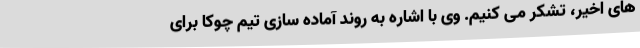
های اخیر، تشکر می کنیم. وی با اشاره به روند آماده سازی تیم چوکا برای